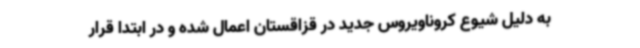
به دلیل شیوع کروناویروس جدید در قزاقستان اعمال شده و در ابتدا قرار